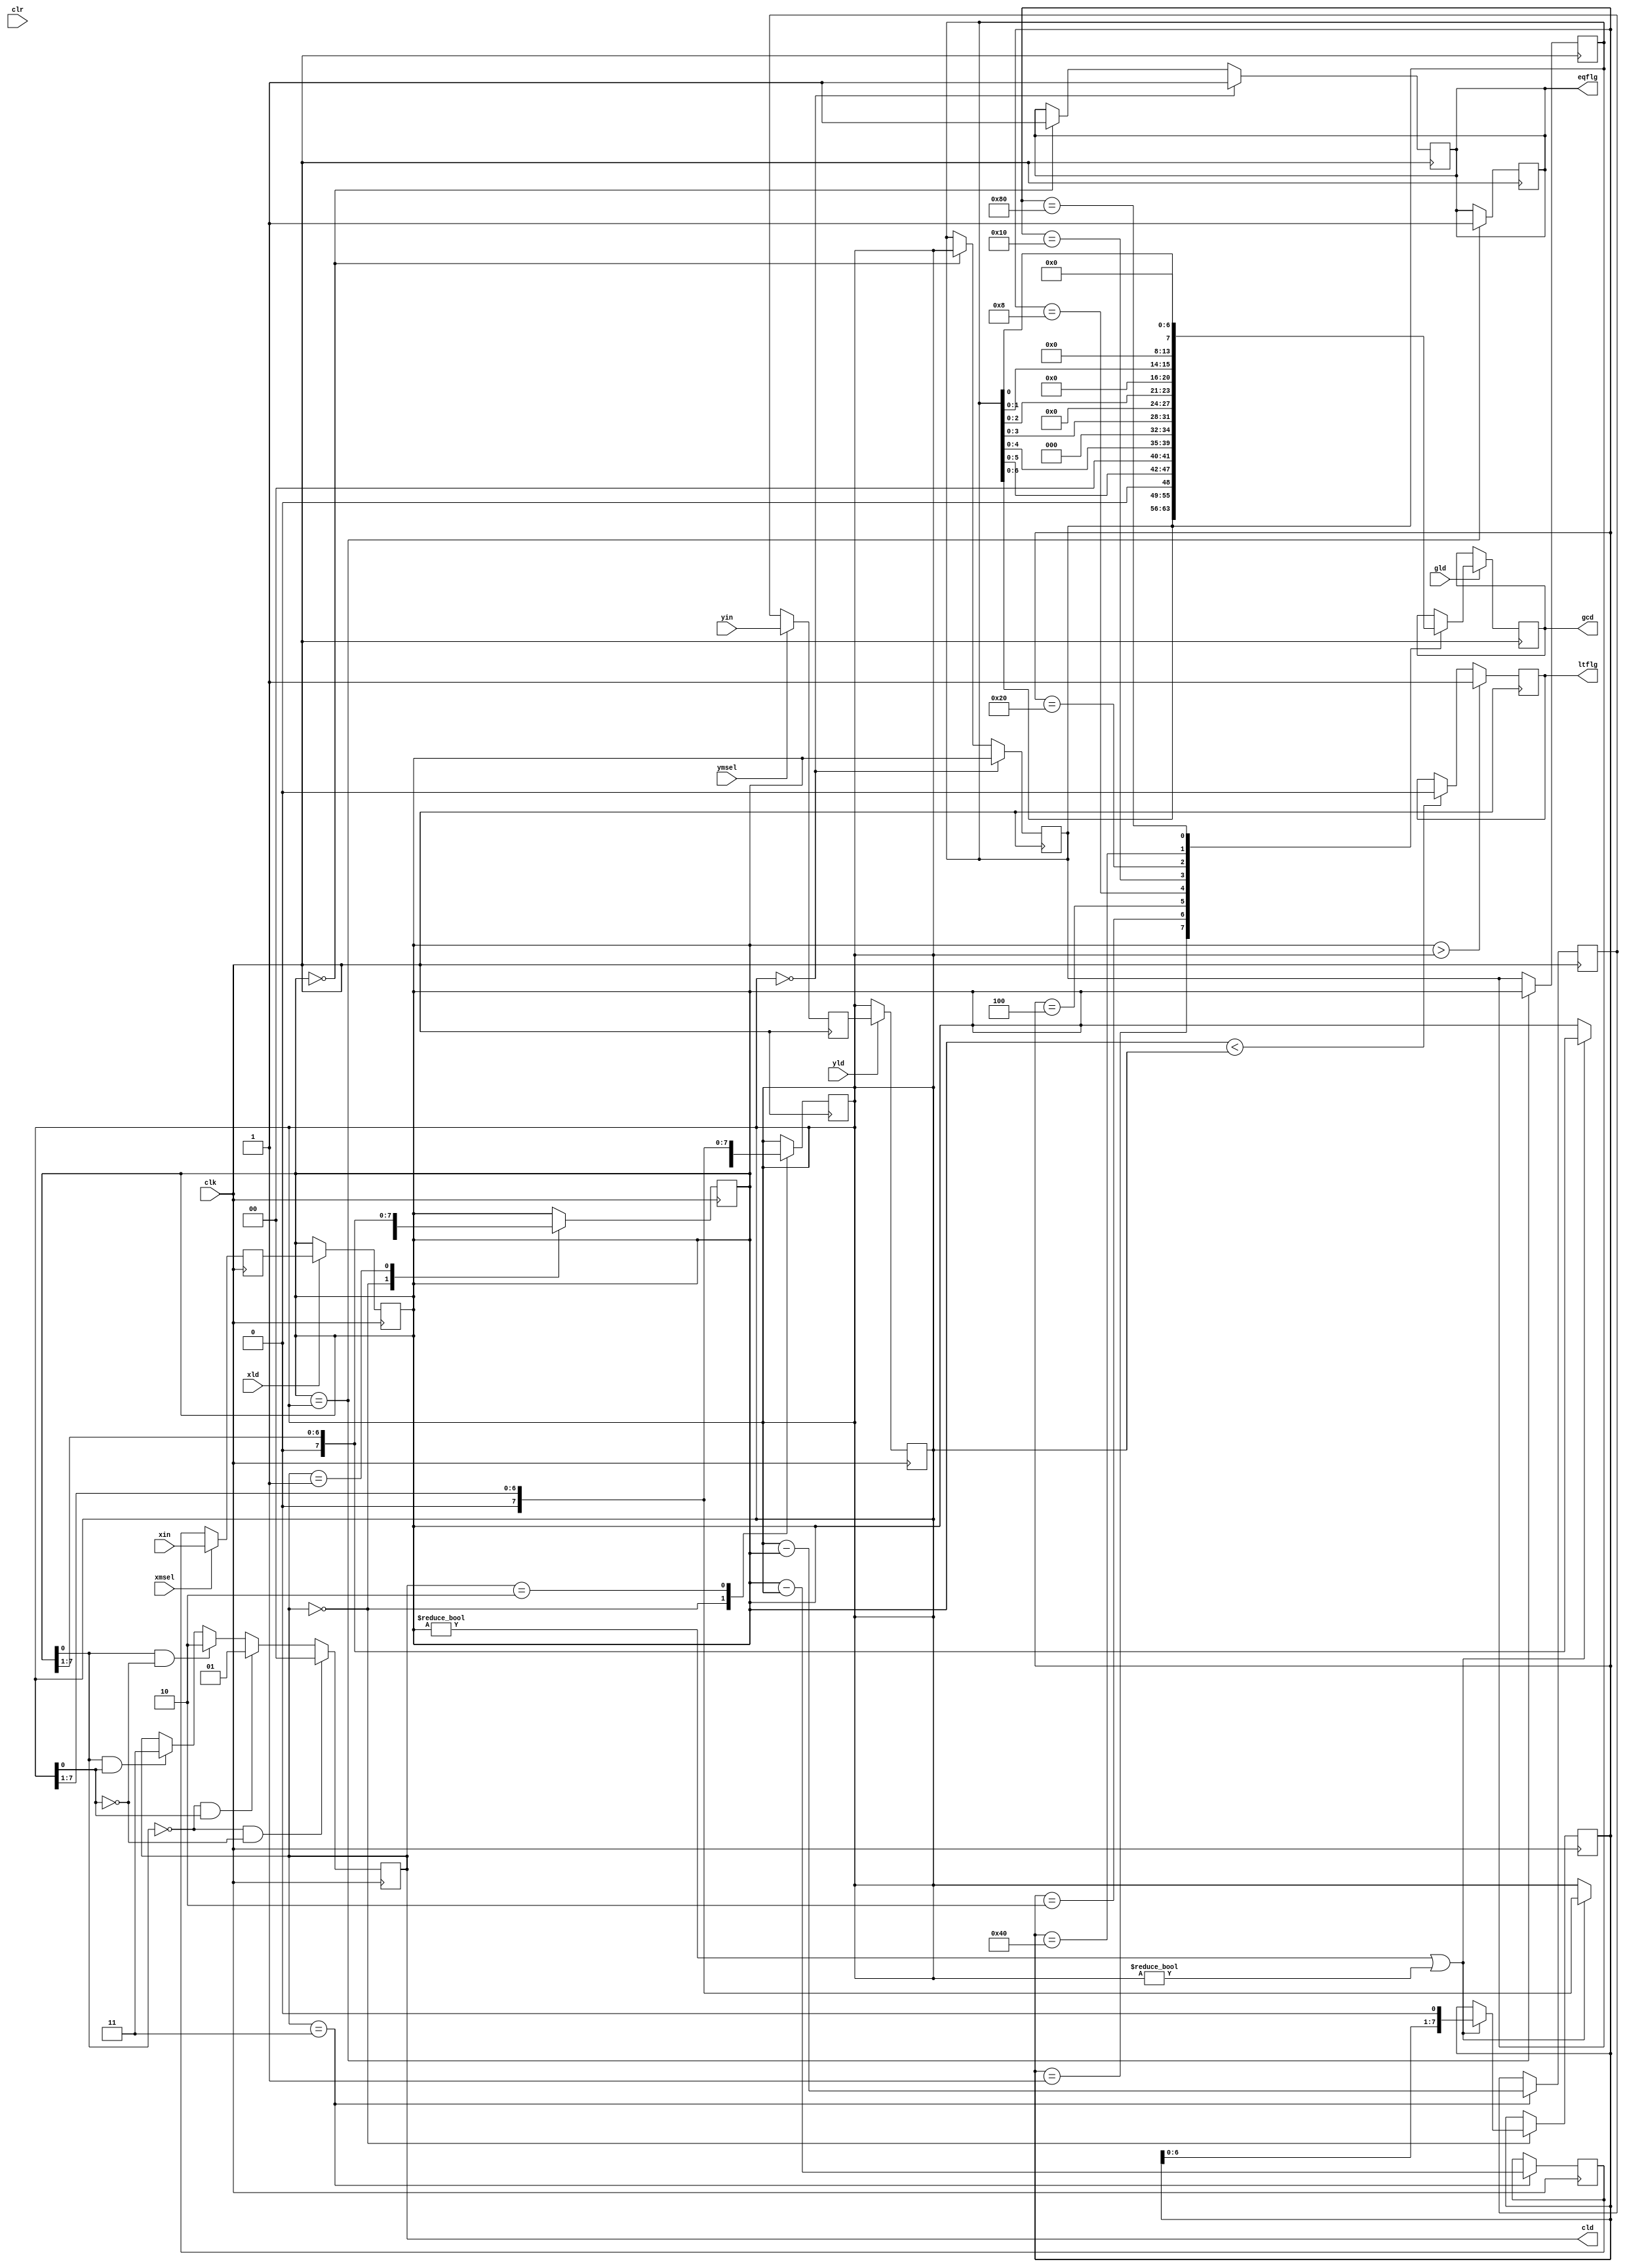
`timescale 1ns / 1ps
//////////////////////////////////////////////////////////////////////////////////
// Company: 
// Engineer: 
// 
// Design Name: 
// Module Name: datapath
// Project Name: 
// Target Devices: 
// Tool Versions: 
// Description: 
// 
// Dependencies: 
// 
// Revision:
// Revision 0.01 - File Created
// Additional Comments:
// 
//////////////////////////////////////////////////////////////////////////////////


module datapath(
    input clk,
    input clr,
    input xmsel,
    input ymsel,
    input xld,
    input yld,
    input gld,
    input [7:0] xin,
    input [7:0] yin,
    output reg eqflg,
    output reg ltflg,
    output reg [1:0] cld,
    output [7:0] gcd);

wire [7:0] xmy, ymx;
reg [7:0] x, y, x2, y2, z = 8'b00000001, x1, y1, gcd_out, gcd_out1, a, b;

assign xmy = x - y;
assign ymx = y - x;

always @(posedge clk) begin//
    if(x[0] == 0 && y[0] == 0) cld = 2'b00;
    else if(x[0] == 0 && y[0] == 1) cld = 2'b01;
    else if(x[0] == 1 && y[0] == 0) cld = 2'b10;
    else if(x[0] == 1 && y[0] == 1) cld = 2'b11;
end

always @(posedge clk) begin//ltflg
    if(x == 0) begin
        gcd_out1 <= y;
        eqflg <= 1;
        end
    if(y == 0) begin
        gcd_out1 <= x;
        eqflg <= 1;
        end
end

always @(posedge clk) begin//ltflg
    if(x > y)
        ltflg <= 1;
    else if(x < y)
        ltflg <= 0;
end

always @(posedge clk) begin//eqflg
    if(x == y) begin
        eqflg <= 1;
        gcd_out1 <= x;
        end
end

always @(posedge clk) begin
    case(cld)
         2'b00: begin
             if(x != 0 || y != 0)begin
             x <= (x>>1);
             y <= (y>>1);
             z <= (z<<1);
             $display("00,%d,%d,%d",x,y,z);
             end
             end
         2'b01: begin
             x <= (x>>1);
             $display("01,%d,%d,%d",x,y,z);
             end
         2'b10: begin
             y <= (y>>1);
             $display("10,%d,%d,%d",x,y,z);
             end
         2'b11: begin
             x2 <= xmy;
             y2 <= ymx;
             $display("11,%d,%d,%d",x,y,z);
             end 
    endcase
    end

always @(posedge clk) begin //xmux
    if(xmsel == 1) 
        x1 <= xin;
    else x1 <= x2;
    end
    
always @(posedge clk) begin //ymux
    if(ymsel == 1) 
        y1 <= yin;
    else y1 <= y2;
    end
    
always @(posedge clk) begin //xreg
    if(xld == 1)
        x <= x1;
    end
    
always @(posedge clk) begin //yreg
    if(yld == 1) 
        y <= y1;
    end
    
 always @(posedge clk) begin //gcdreg
    if(gld == 1) 
        case(z)
            8'b00000001: gcd_out <= gcd_out1;
            8'b00000010: gcd_out <= (gcd_out1<<1);
            8'b00000100: gcd_out <= (gcd_out1<<2);
            8'b00001000: gcd_out <= (gcd_out1<<3);
            8'b00010000: gcd_out <= (gcd_out1<<4);
            8'b00100000: gcd_out <= (gcd_out1<<5);
            8'b01000000: gcd_out <= (gcd_out1<<6);
            8'b10000000: gcd_out <= (gcd_out1<<7);
        endcase
    end
    
assign gcd = gcd_out;

endmodule